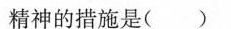
精神的措施是( )